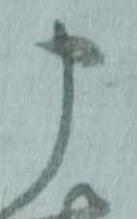
申